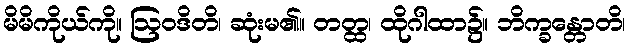
မိမိကိုယ်ကို။ ဩဝဒိတိ၊ ဆုံးမ၏။ တတ္ထ၊ ထိုဂါထာ၌။ ဘိက္ခန္တောတိ၊